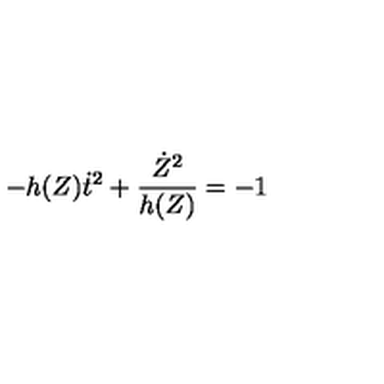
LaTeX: - h ( Z ) \dot { t } ^ { 2 } + \frac { \dot { Z } ^ { 2 } } { h ( Z ) } = - 1